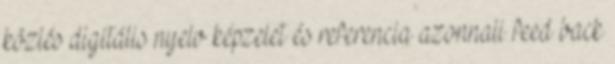
közlés digitális nyelv képzelet és referencia azonnali feed back